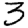
Digit: 3